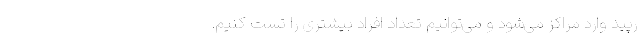
رپید وارد مراکز می‌شود و می‌توانیم تعداد افراد بیشتری را تست کنیم.